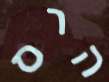
הרס